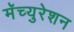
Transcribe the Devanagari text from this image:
मॅच्युरेशन